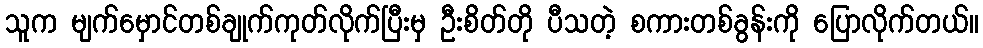
သူက မျက်မှောင်တစ်ချုက်ကုတ်လိုက်ပြီးမှ ဦးစိတ်တို ပီသတဲ့ စကားတစ်ခွန်းကို ပြောလိုက်တယ်။